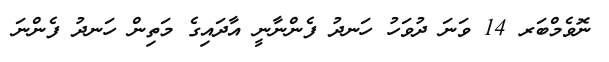
ނޮވެމްބަރ 14 ވަނަ ދުވަހު ހަނދު ފެންނާނީ އާދައިގެ މަތިން ހަނދު ފެންނަ